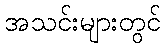
အသင်းများတွင်